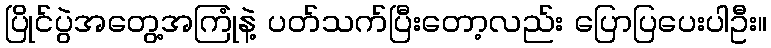
ပြိုင်ပွဲအတွေ့အကြုံနဲ့ ပတ်သက်ပြီးတော့လည်း ပြောပြပေးပါဦး။